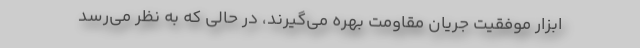
ابزار موفقیت جریان مقاومت بهره می‌گیرند، در حالی که به نظر می‌رسد